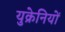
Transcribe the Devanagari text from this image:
युक्रेनियों